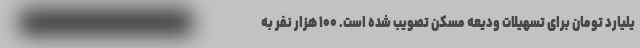
یلیارد تومان برای تسهیلات ودیعه مسکن تصویب شده است. ۱۰۰ هزار نفر به